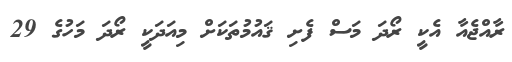
ރާއްޖެއާ އެކީ ރޯދަ މަސް ފެށި ޤައުމުތަކަށް މިއަދަކީ ރޯދަ މަހުގެ 29